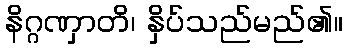
နိဂ္ဂဏှာတိ၊ နှိပ်သည်မည်၏။